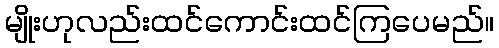
မျိုးဟုလည်းထင်ကောင်းထင်ကြပေမည်။